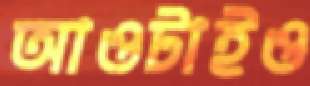
আওটাইও